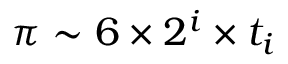
\pi \sim 6 \times 2 ^ { i } \times t _ { i }